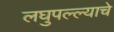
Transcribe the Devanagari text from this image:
लघुपल्ल्याचे